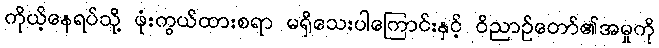
ကိုယ့်နေရပ်သို့ ဖုံးကွယ်ထားစရာ မရှိသေးပါကြောင်းနှင့် ဝိညာဉ်တော်၏အမှုကို